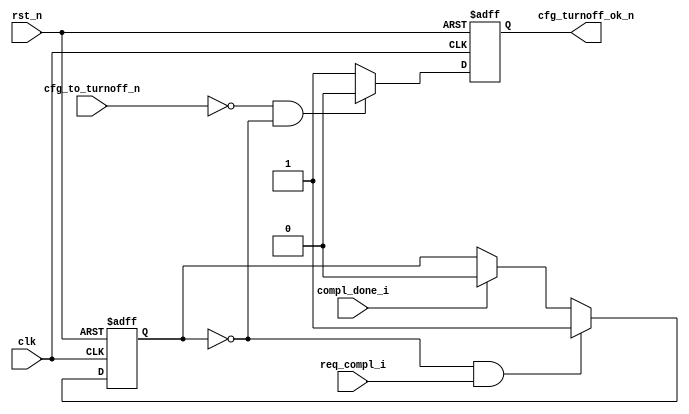
module PIO_TO_CTRL    (

                        clk,
                        rst_n,

                        req_compl_i,
                        compl_done_i,

                        cfg_to_turnoff_n,
                        cfg_turnoff_ok_n

                        );

    input               clk;
    input               rst_n;

    input               req_compl_i;
    input               compl_done_i;

    input               cfg_to_turnoff_n;
    output              cfg_turnoff_ok_n;

    reg                 trn_pending;
    reg                 cfg_turnoff_ok_n;


    /*
     *  Check if completion is pending
     */

    always @ ( posedge clk or negedge rst_n ) begin

        if (!rst_n ) begin

          trn_pending <= 0;

        end else begin

          if (!trn_pending && req_compl_i)

            trn_pending <= 1'b1;

          else if (compl_done_i)

            trn_pending <= 1'b0;

        end

    end

    /*
     *  Turn-off OK if requested and no transaction is pending
     */

     always @ ( posedge clk or negedge rst_n ) begin

      if (!rst_n ) begin

        cfg_turnoff_ok_n <= 1'b1;

      end else begin

        if ( !cfg_to_turnoff_n  && !trn_pending)
          cfg_turnoff_ok_n <= 1'b0;
        else
          cfg_turnoff_ok_n <= 1'b1;

      end

    end


endmodule